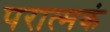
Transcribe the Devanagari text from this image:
परात्मकं